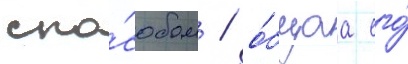
спо́собом / о́бщаа его́